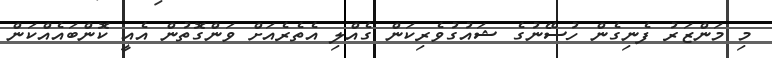
މި މަންޒަރު ފެނިގެން ހުސޭނުގެ ޝައުގުވެރިކަން ގެއްލި އެތެރެއަށް ވަންގޮތުން އެއީ ކޮންބައެއްކަން